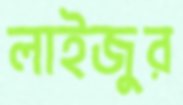
লাইজুর